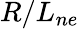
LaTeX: R/L_{ne}